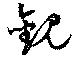
観